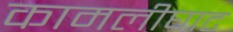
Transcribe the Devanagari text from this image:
कामलीघाट